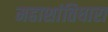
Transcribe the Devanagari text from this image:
महाशांतिधारा